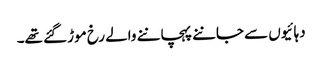
دہائیوں سے جاننے پہچاننے والے رخ موڑ گئے تھے۔